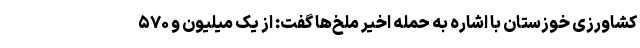
کشاورزی خوزستان با اشاره به حمله اخیر ملخ‌ها گفت: از یک میلیون و ۵۷۰